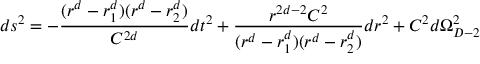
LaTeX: d s ^ { 2 } = - { \frac { ( r ^ { d } - r _ { 1 } ^ { d } ) ( r ^ { d } - r _ { 2 } ^ { d } ) } { C ^ { 2 d } } } d t ^ { 2 } + { \frac { r ^ { 2 d - 2 } C ^ { 2 } } { ( r ^ { d } - r _ { 1 } ^ { d } ) ( r ^ { d } - r _ { 2 } ^ { d } ) } } d r ^ { 2 } + C ^ { 2 } d \Omega _ { D - 2 } ^ { 2 }